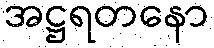
အဋ္ဌရတနော